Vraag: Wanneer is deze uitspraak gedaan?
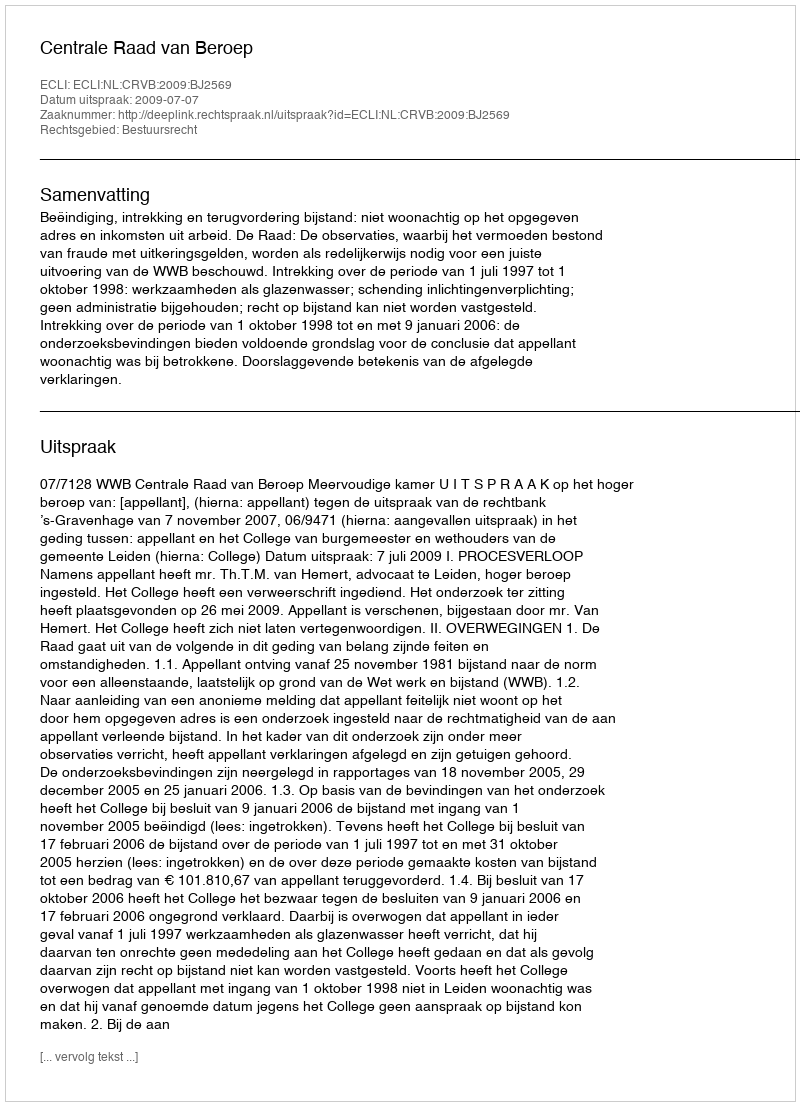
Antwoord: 2009-07-07